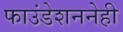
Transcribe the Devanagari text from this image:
फाउंडेशननेही